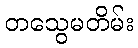
တသွေမတိမ်း